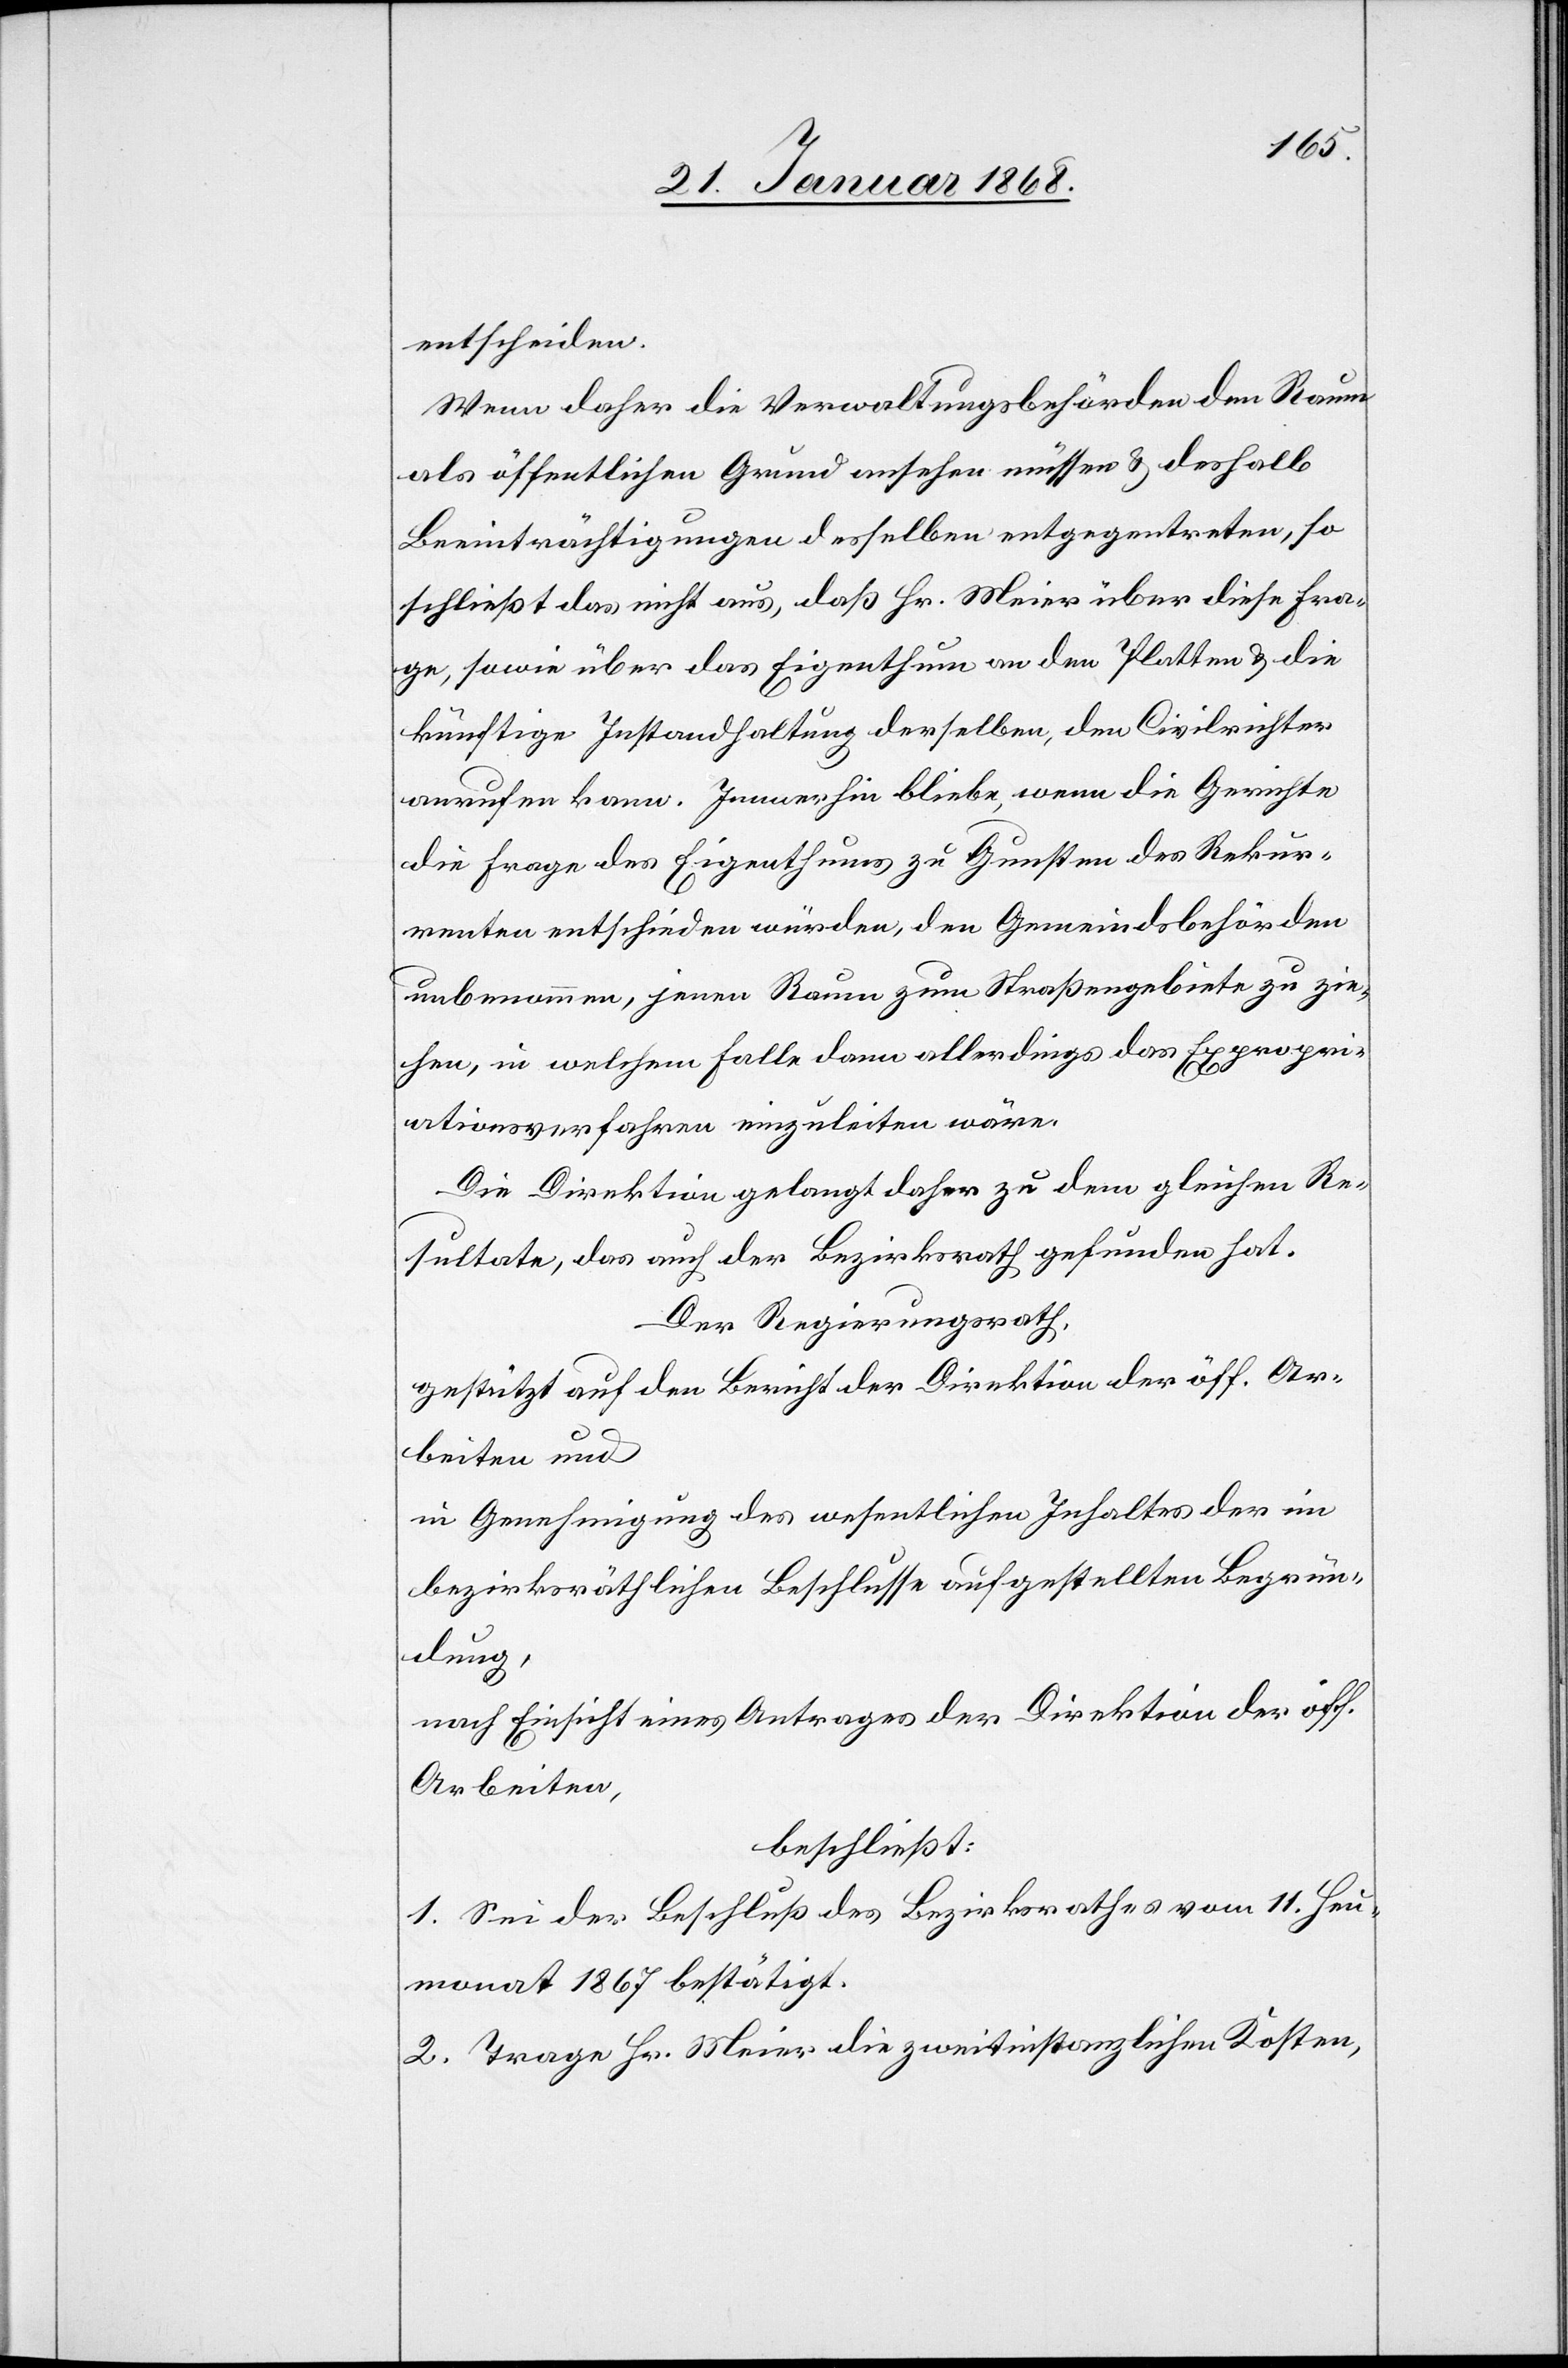
entscheiden.
Wenn daher die Verwaltungsbehörden den Raum
als öffentlichen Grund ansehen müssen & deshalb
Beeinträchtigungen desselben entgegentreten, so
schließt das nicht aus, daß Hr. Meier über diese Fra¬
ge, sowie über das Eigenthum an den Platten & die
künftige Instandhaltung derselben, den Civilrichter
anrufen kann. Immerhin bliebe, wenn die Gerichte
die Frage des Eigenthums zu Gunsten des Rekur¬
renten entschieden [sic!] würden, den Gemeindsbehörden
unbenommen, jenen Raum zum Straßengebiete zu zie¬
hen, in welchem Falle dann allerdings das Expropri¬
ationsverfahren einzuleiten wäre.
Die Direktion gelangt daher zu dem gleichen Re¬
sultate, das auch der Bezirksrath gefunden hat.
Der Regierungsrath,
gestützt auf den Bericht der Direktion der öff. Ar¬
beiten und
in Genehmigung des wesentlichen Inhaltes der im
bezirksräthlichen Beschlusse aufgestellten Begrün¬
dung,
nach Einsicht eines Antrages der Direktion der öff.
Arbeiten,
beschließt:
1. Sei der Beschluß des Bezirksrathes vom 11. Heu¬
monat 1867 bestätigt.
2. Trage Hr. Meier die zweitinstanzlichen Kosten,